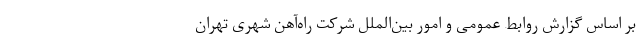
بر اساس گزارش روابط عمومی و امور بین‌الملل شرکت راه‌آهن شهری تهران